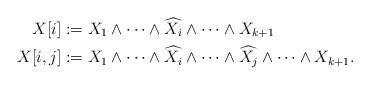
LaTeX: \begin{align*}X[i]&:=X_1\wedge \cdots \wedge \widehat{X_i}\wedge \cdots \wedge X_{k+1}\\X[i,j]&:=X_1\wedge \cdots \wedge \widehat{X_i}\wedge \cdots\wedge\widehat{X_j}\wedge \cdots \wedge X_{k+1}.\end{align*}